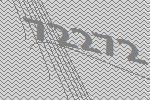
72272